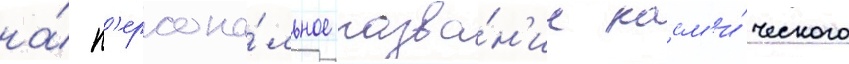
на́ п'ерсона́льное назва́н'ие косм'и́ческого